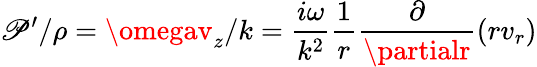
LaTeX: \mathscr{P}^{\prime}/\rho=\omegav_{z}/k=\frac{{i\omega}}{{k^{2}}}\frac{{1}}{{r}}\frac{{\partial}}{{\partialr}}\left(rv_{r}\right)